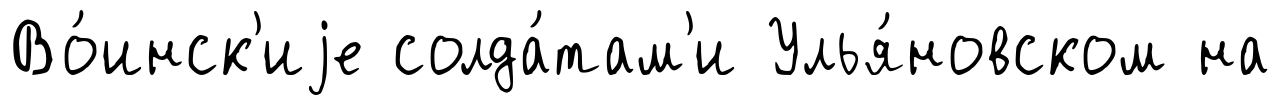
Во́инск'иjе солда́там'и Улья́новском на